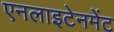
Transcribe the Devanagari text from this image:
एनलाइटेनमेंट